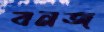
বনজ